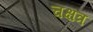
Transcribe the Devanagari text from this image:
चक्षत्र